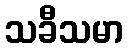
သခီသမာ